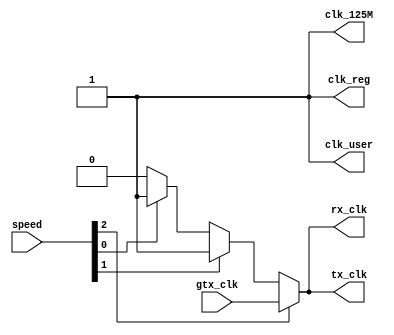
module clk_gen(
    input  [2:0]    speed       ,
    input           gtx_clk     , //used only in GMII mode
    output reg      rx_clk      ,
    output reg      tx_clk      , //used only in MII mode
    output reg      clk_125M    ,
    output reg      clk_reg     ,
    output reg      clk_user    
);

reg clk_2_5M;
reg clk_25M;

always begin
    #200 clk_2_5M = 0;
    #200 clk_2_5M = 1;
end

always begin
    #20 clk_25M = 0;
    #20 clk_25M = 1;
end

always begin
    #4 clk_125M = 0;
    #4 clk_125M = 1;
end

always begin // 100M
    #5 clk_user = 0;
    #5 clk_user = 1;
end

always begin // 50M
    #10 clk_reg = 0;
    #10 clk_reg = 1;
end

assign tx_clk = speed[2] ? gtx_clk : speed[1] ? clk_25M : speed[0] ? clk_2_5M : 0;
assign rx_clk = speed[2] ? gtx_clk : speed[1] ? clk_25M : speed[0] ? clk_2_5M : 0;

endmodule